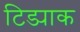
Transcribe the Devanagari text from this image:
टिड्याक